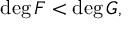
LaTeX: \deg F < \deg G ,